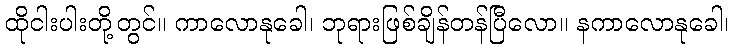
ထိုငါးပါးတို့တွင်။ ကာလောနုခေါ၊ ဘုရားဖြစ်ချိန်တန်ပြီလော။ နကာလောနုခေါ၊